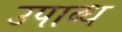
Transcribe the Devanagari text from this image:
उपाब्ध